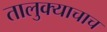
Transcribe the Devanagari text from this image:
तालुक्याचाच